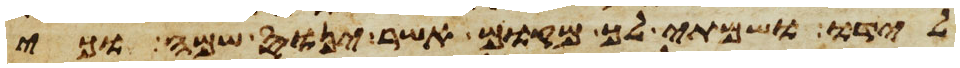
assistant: לידו ושמתי לך מקום אשר ינוס שמה וכי